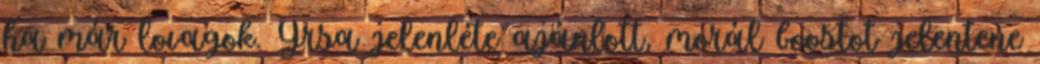
ha már lovagok. Yrsa jelenléte ajánlott, morál boostot jelentene